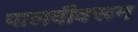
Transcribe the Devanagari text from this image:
पालवीवरून